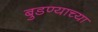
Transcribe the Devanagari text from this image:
बुडण्याच्या